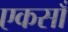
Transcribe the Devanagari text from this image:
एकसाँ